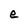
Character: e